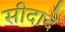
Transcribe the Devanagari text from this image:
सीदादे